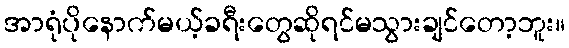
အာရုံပိုနောက်မယ့်ခရီးတွေဆိုရင်မသွားချင်တော့ဘူး။